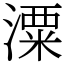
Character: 潥